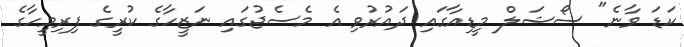
ކަޑަ ވާނެ" ސޯޝަލް މީޑިއާގައި ދައުރުވި އެ މެސެޖުގައި ނަޒީހާގެ ކުރީގެ ފިރިމީހާގެ